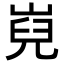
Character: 𡸢